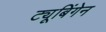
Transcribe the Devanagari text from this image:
ट्यूबिंगेन